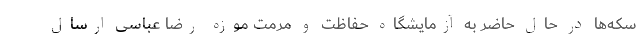
سکه‌ها در حال حاضر به آزمایشگاه حفاظت و مرمت موزه رضا عباسی ارسال